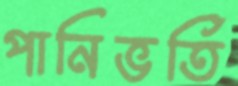
পানিভর্তি